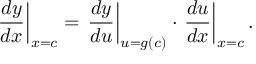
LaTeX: \left. { \frac { d y } { d x } } \right| _ { x = c } = \left. { \frac { d y } { d u } } \right| _ { u = g ( c ) } \cdot \left. { \frac { d u } { d x } } \right| _ { x = c } .